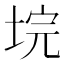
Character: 垸